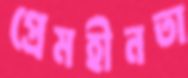
প্রেমহীনতা